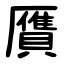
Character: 贋